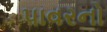
પાવરનો